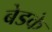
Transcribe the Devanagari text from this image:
बेडके